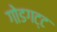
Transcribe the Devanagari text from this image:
गोडगट्ट